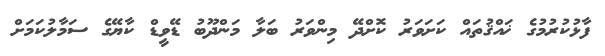
ފާޅުކުރުމުގެ ޚައްޤުތައް ކަށަވަރު ކޮށްދޭ މިންވަރު ބަލާ މަންދޫބު ޑޭވީޑް ކާޔޭގެ ސަމާލުކަމަށް